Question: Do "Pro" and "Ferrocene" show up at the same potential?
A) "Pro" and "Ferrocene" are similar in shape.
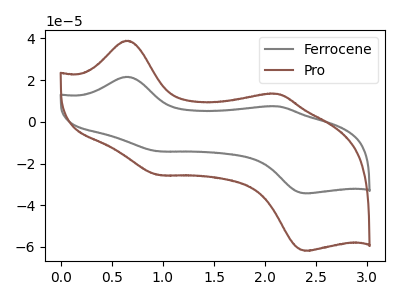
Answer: <think>The gray curve "Ferrocene" has anodic peaks at (0.65V, 21.60uA) (2.10V, 7.45uA) and cathodic peaks at (0.95V, -14.10uA) (2.40V, -34.30uA). The brown curve "Pro" has anodic peaks at (0.65V, 38.90uA) (2.10V, 13.40uA) and cathodic peaks at (0.95V, -25.45uA) (2.40V, -61.80uA).
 All the peaks in "Pro" have a peak in "Ferrocene" at the same potential. Every peak in "Pro" is higher than every peak in "Ferrocene".</think>
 <answer>A) "Pro" and "Ferrocene" are similar in shape.</answer>
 <eval>A</eval>